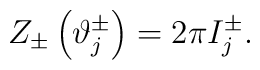
Z_{\pm }\left( \vartheta _{j}^{\pm }\right) =2\pi I_{j}^{\pm }.